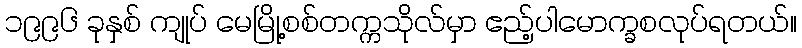
၁၉၉၆ ခုနှစ် ကျုပ် မေမြို့စစ်တက္ကသိုလ်မှာ ဧည့်ပါမောက္ခစလုပ်ရတယ်။